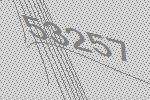
53257